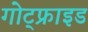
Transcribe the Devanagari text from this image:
गोट्फ्राइड